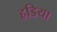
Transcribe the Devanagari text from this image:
हडिया